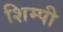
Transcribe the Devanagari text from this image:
शिम्पी